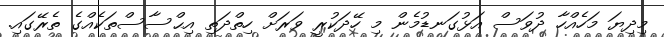
މިދިޔަ މަހެއްހާ ދުވަސް އަޅުގަނޑުމެން މި ހޭދަކުރީ ވަރަށް ހިތްދަތި އިޙްސާސްތަކެއްގެ ތެރޭގައި.